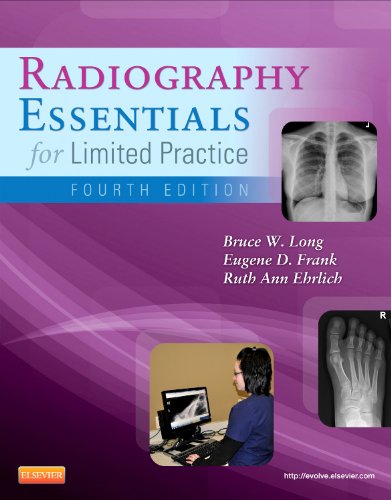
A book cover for Radiography Essentials for Limited Practice, 4e; Bruce W. Long MS  RT(R)(CV)  FASRT; Medical Books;